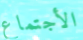
الأجتماع